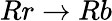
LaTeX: Rr\rightarrow Rb